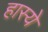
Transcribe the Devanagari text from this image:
हास्ये